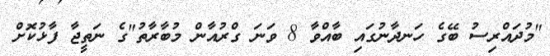
"މުދައްރިސު ބޭގެ ހަނދާނުގައި ބާއްވާ 8 ވަނަ ގްރުއާން މުބާރާތު"ގެ ނަތީޖާ ފާޅުކޮށް